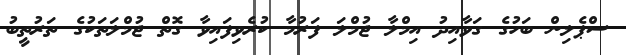
ސްޕެލިން ބަހުގެ ގަވާއިދު އިމްލާ ޖުމްލަ ފަރުމާ ކުރެވިފައިވާ ގޮތް ޖުމްލަތަކުގެ ތަރުތީބު